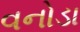
વનોડા